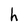
Character: h